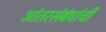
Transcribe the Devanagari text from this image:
आंतरसंबंधांची